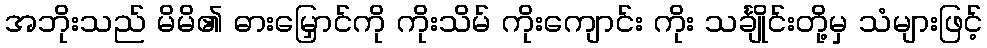
အဘိုးသည် မိမိ၏ ဓားမြှောင်ကို ကိုးသိမ် ကိုးကျောင်း ကိုး သင်္ချိုင်းတို့မှ သံများဖြင့်